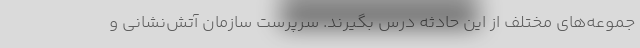
جموعه‌های مختلف از این حادثه درس بگیرند. سرپرست سازمان آتش‌نشانی و